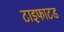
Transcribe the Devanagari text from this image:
टाइफाटड